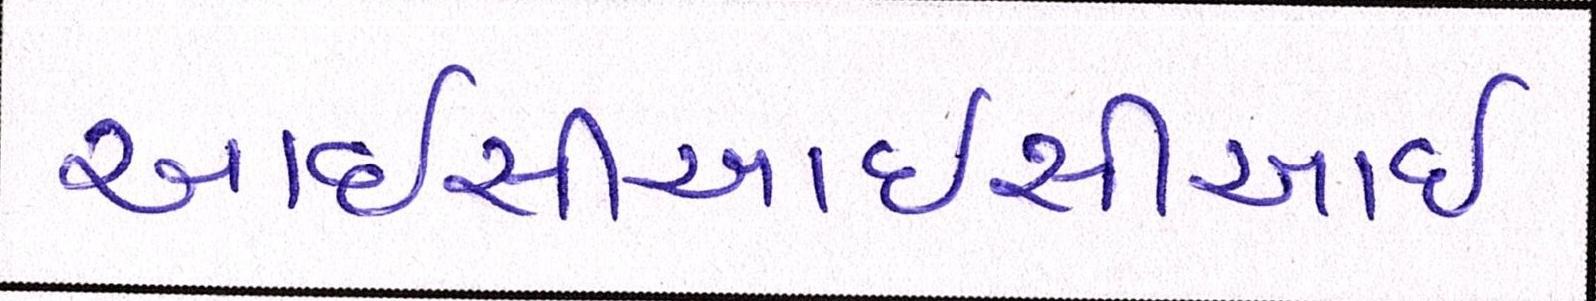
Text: આઇસીઆઇસીઆઇ